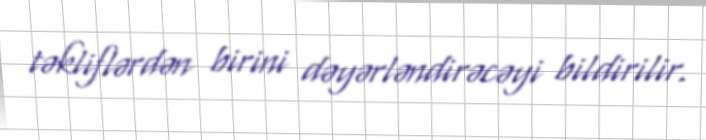
təkliflərdən birini dəyərləndirəcəyi bildirilir.